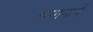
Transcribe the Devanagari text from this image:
समानार्थ